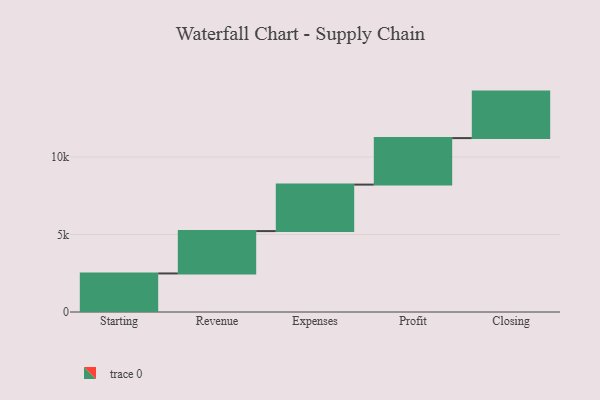
{"axis": {"x": "Step", "y": "Value"}, "legend": [""], "data": [{"x": "Starting", "y": 2487.0, "type": ""}, {"x": "Revenue", "y": 2733.0, "type": ""}, {"x": "Expenses", "y": 3000, "type": ""}, {"x": "Profit", "y": 3000, "type": ""}, {"x": "Closing", "y": 3000, "type": ""}]}